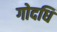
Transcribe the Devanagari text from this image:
गोदधि